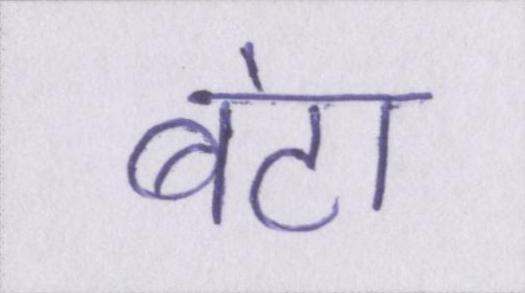
बंटा